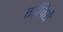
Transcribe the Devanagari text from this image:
तईचिरो